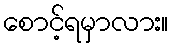
စောင့်ရမှာလား။